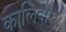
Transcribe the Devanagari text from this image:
कालिदासः